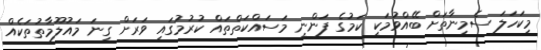
މިކަހަލަ ސެމިނާތަށް ބޭއްވުމަކީ ކަމުގެ ފަންނީ މަސައްކަތްތައް ކުރުމުގައި ވަރަށް ގިނަ މައުލޫމާތުތަކެއް